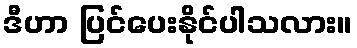
ဒီဟာ ပြင်ပေးနိုင်ပါသလား။